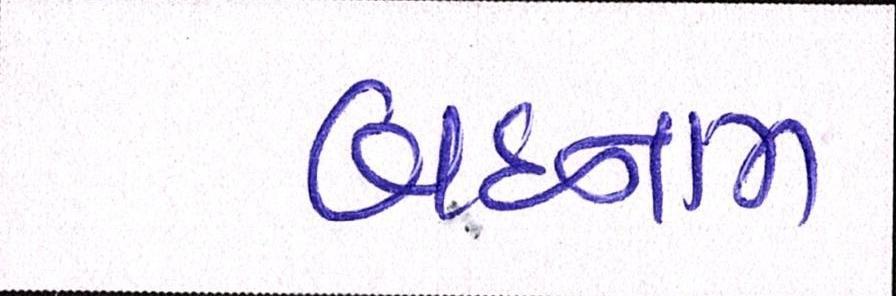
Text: બદનામ